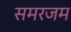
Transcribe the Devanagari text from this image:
समरजम